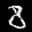
Label: 8